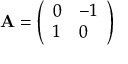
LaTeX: \mathbf { A } = { \left( \begin{array} { l l } { 0 } & { - 1 } \\ { 1 } & { 0 } \end{array} \right) }